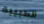
الطبيبة